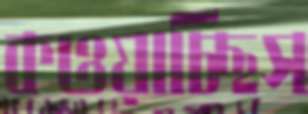
কওয়াচ্ছিস